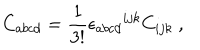
LaTeX: C _ { a b c d } = \frac { 1 } { 3 ! } { \epsilon _ { a b c d } } ^ { i j k } C _ { i j k } ~ ,